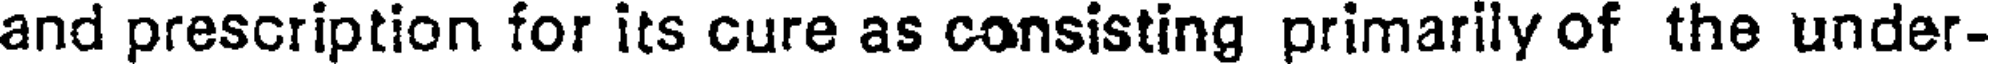
and prescription for its cure as consisting primarily of the under-